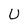
Character: U